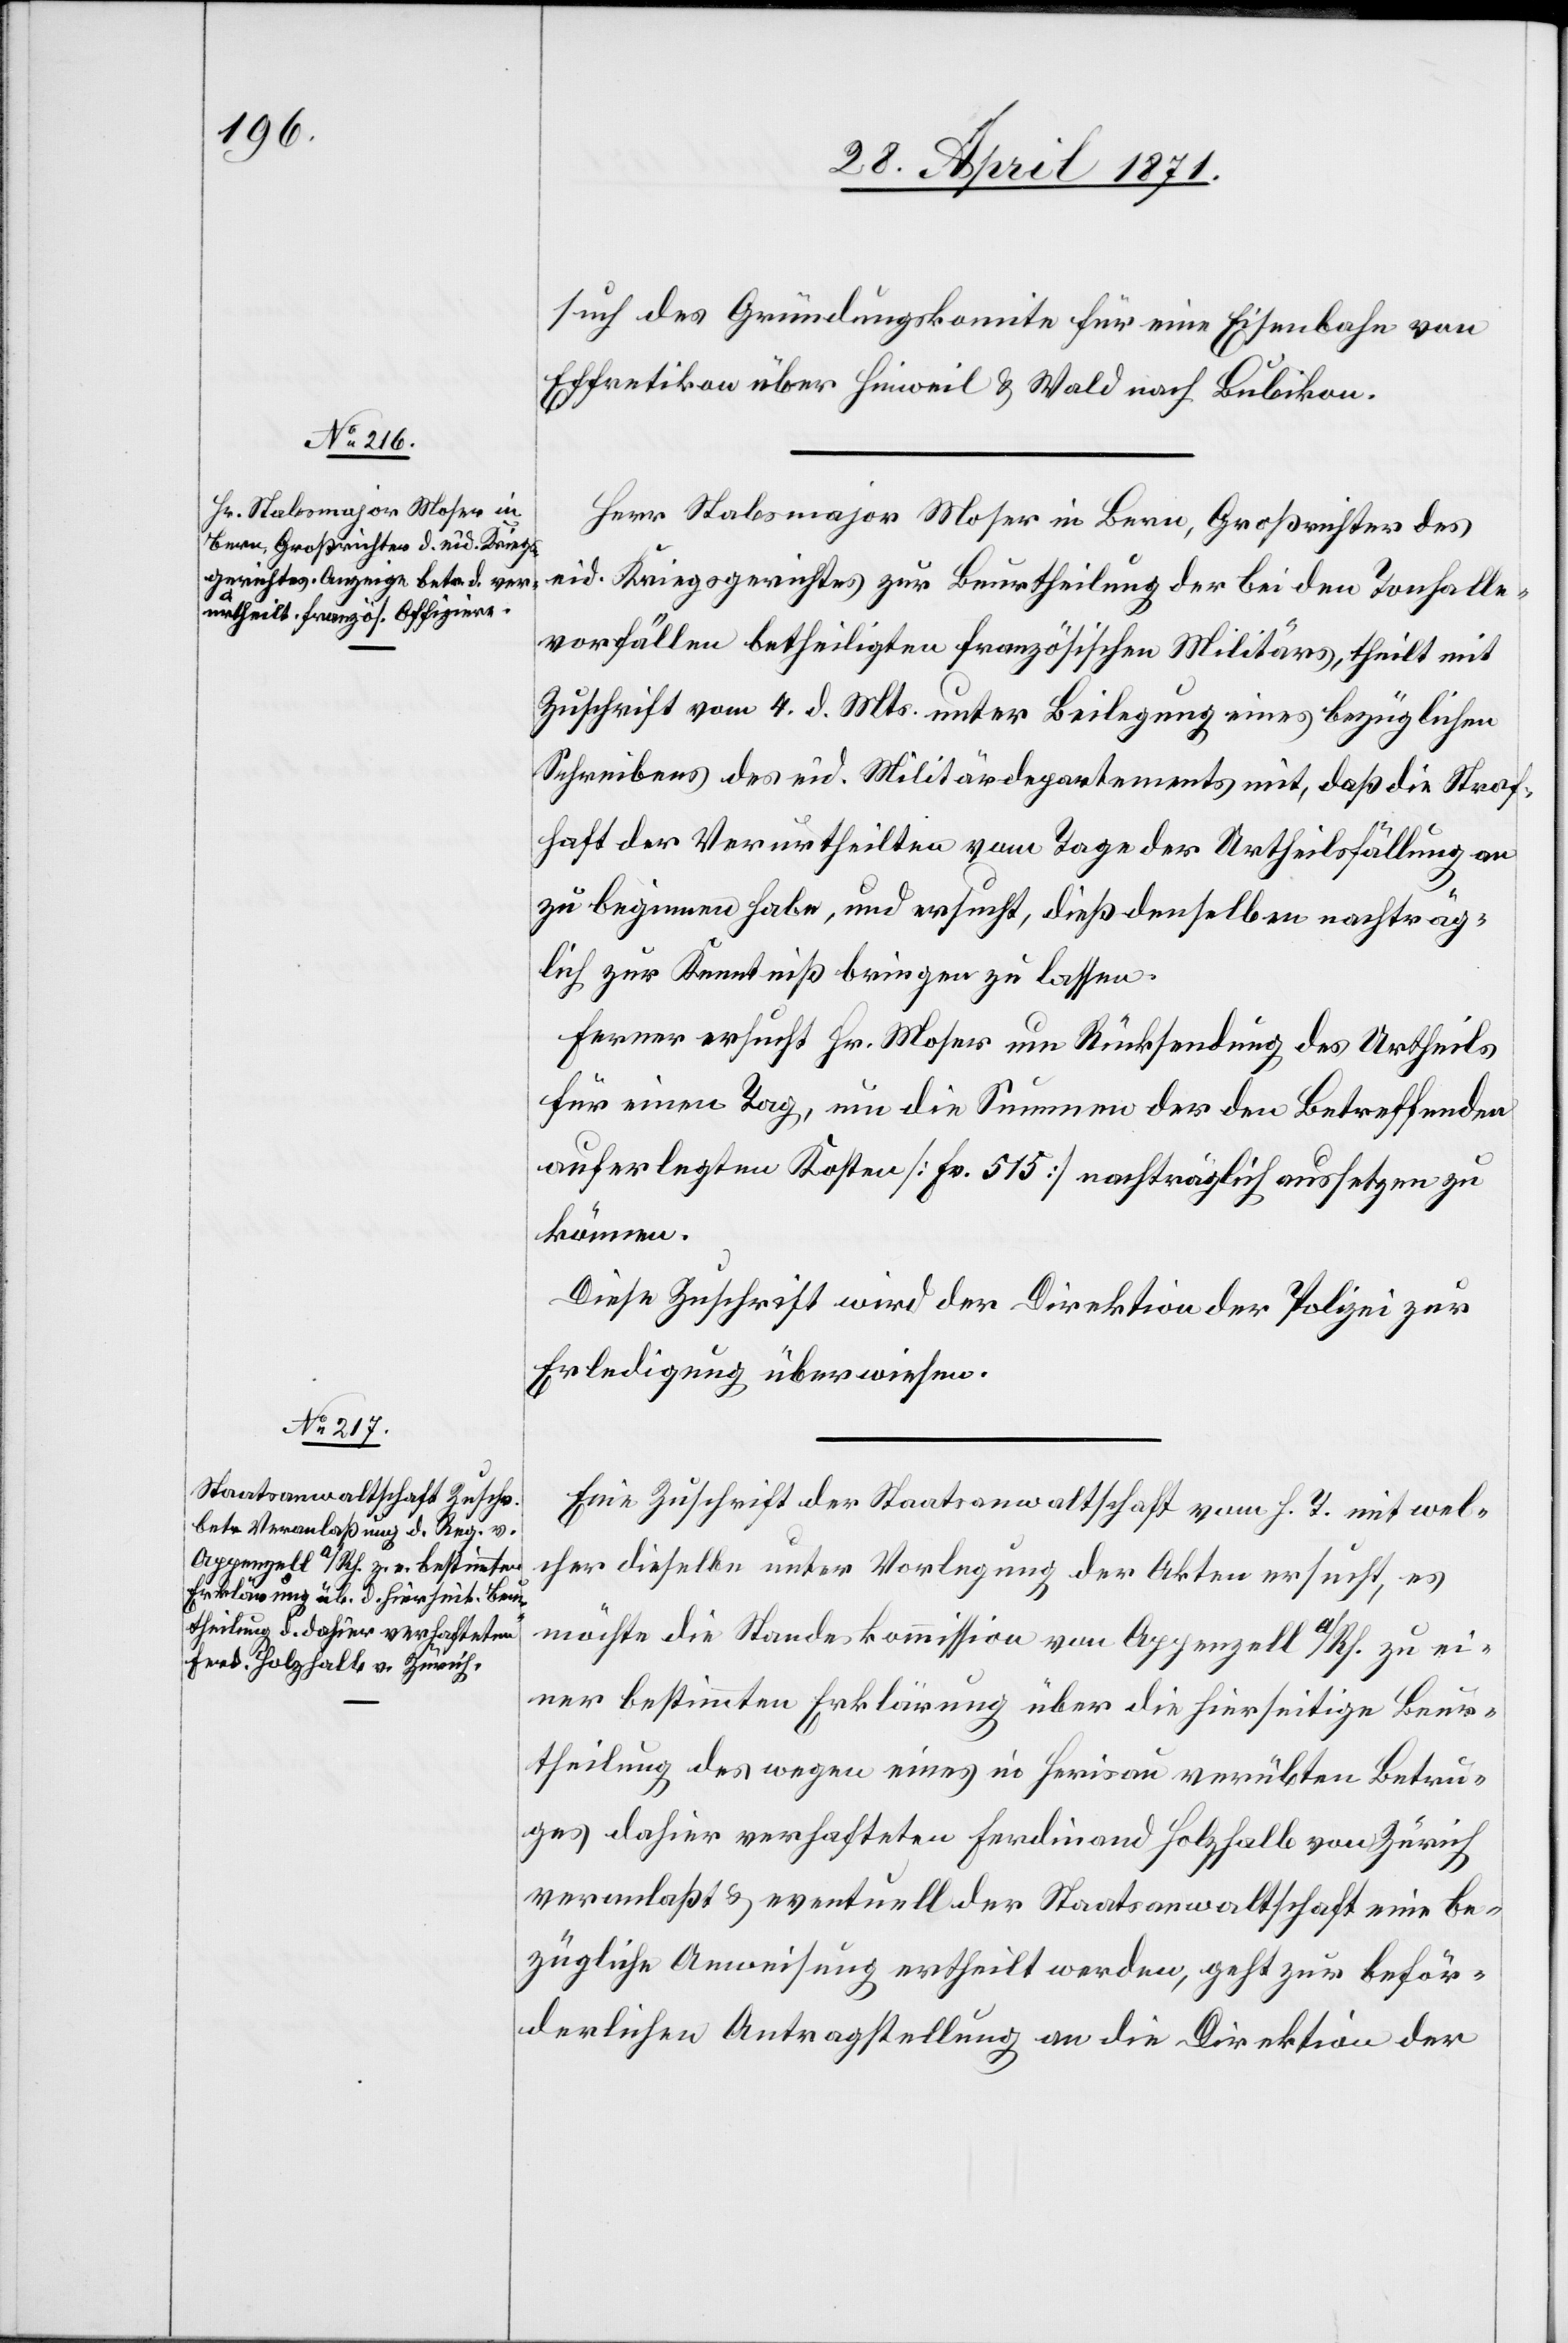
such des Gründungskomite für eine Eisenbahn von
Effretikon über Hinweil u. Wald nach Bubikon.
Herr Stabsmajor Moser in Bern, Großrichter des
eid. Kriegsgerichtes zur Beurtheilung der bei den Tonhalle¬
vorfällen betheiligten französischen Militärs, theilt mit
Zuschrift vom 4. d. Mts. unter Beilegung eines bezüglichen
Schreibens des eid. Militärdepartements mit, daß die Straf¬
haft der Verurtheilten vom Tage der Urtheilsfällung an
zu beginnen habe, und ersucht, dieß denselben nachträg¬
lich zur Kenntniß bringen zu lassen.
Ferner ersucht Hr. Moser um Rücksendung des Urtheils
für einen Tag, um die Summen der den Betreffenden
auferlegten Kosten [Fr. 515] nachträglich aussetzen zu
können.
Diese Zuschrift wird der Direktion der Polizei zur
Erledigung überwiesen.
Eine Zuschrift der Staatsanwaltschaft vom h. T. mit wel¬
cher dieselbe unter Vorlegung der Akten ersucht, es
möchte die Standeskommission von Appenzell a/Rh. zu ei¬
ner bestimmten Erklärung über die hierseitige Beur¬
theilung des wegen eines in Herisau verübten Betru¬
ges dahier verhafteten Ferdinand Holzhalb von Zürich
veranlaßt u. eventuell der Staatsanwaltschaft eine be¬
zügliche Anweisung ertheilt werden, geht zur beför¬
derlichen Antragstellung an die Direktion der